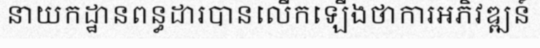
នាយកដ្ឋានពន្ធដារបានលើកឡើងថាការអភិវឌ្ឍន៍